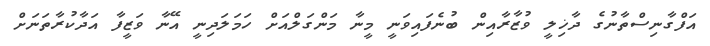
އަފްގާނިސްތާނުގެ ދާޚިލީ ވުޒާރާއިން ބުނެފައިވަނީ މީނާ މަންގަލްއަށް ހަމަލަދިނީ އޭނާ ވަޒީފާ އަދާކުރާތަނަށް